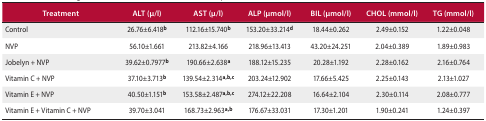
<table><thead><tr><td><b>Treatment</b></td><td><b>ALT (μ/l)</b></td><td><b>AST (μ/l)</b></td><td><b>ALP (μmol/l)</b></td><td><b>BIL (μmol/l)</b></td><td><b>CHOL (mmol/l)</b></td><td><b>TG (mmol/l)</b></td></tr></thead><tbody><tr><td>Control</td><td>26.76±6.418<sup>b</sup></td><td>112.16±15.740<sup>b</sup></td><td>153.20±33.214<sup>d</sup></td><td>18.44±0.262</td><td>2.49±0.152</td><td>1.22±0.048</td></tr><tr><td>NVP</td><td>56.10±1.661</td><td>213.82±4.166</td><td>218.96±13.413</td><td>43.20±24.251</td><td>2.04±0.389</td><td>1.89±0.983</td></tr><tr><td>Jobelyn + NVP</td><td>39.62±0.7977<sup>b</sup></td><td>190.66±2.638<sup>a</sup></td><td>188.12±15.235</td><td>20.28±1.192</td><td>2.28±0.162</td><td>2.16±0.764</td></tr><tr><td>Vitamin C + NVP</td><td>37.10±3.713<sup>b</sup></td><td>139.54±2.314<sup>a,b,c</sup></td><td>203.24±12.902</td><td>17.66±5.425</td><td>2.25±0.143</td><td>2.13±1.027</td></tr><tr><td>Vitamin E + NVP</td><td>40.50±1.151<sup>b</sup></td><td>153.58±2.487<sup>a,b,c</sup></td><td>274.12±22.208</td><td>16.64±2.104</td><td>2.30±0.114</td><td>2.08±0.777</td></tr><tr><td>Vitamin E + Vitamin C + NVP</td><td>39.70±3.041</td><td>168.73±2.963<sup>a,b</sup></td><td>176.67±33.031</td><td>17.30±1.201</td><td>1.90±0.241</td><td>1.24±0.397</td></tr></tbody></table>